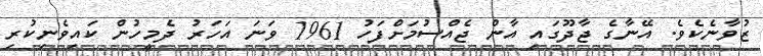
ޒުވާނެކެވެ. އޭނާގެ ޖާދޫގައި އާން ޖެއްސުމަށްފަހު 1961 ވަނަ އަހަރު ދެމީހުން ކައިވެނިކުރި